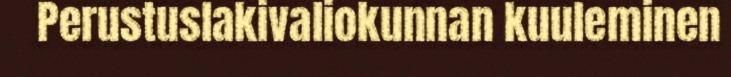
Perustuslakivaliokunnan kuuleminen